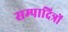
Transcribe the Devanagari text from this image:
सम्पादित्रों